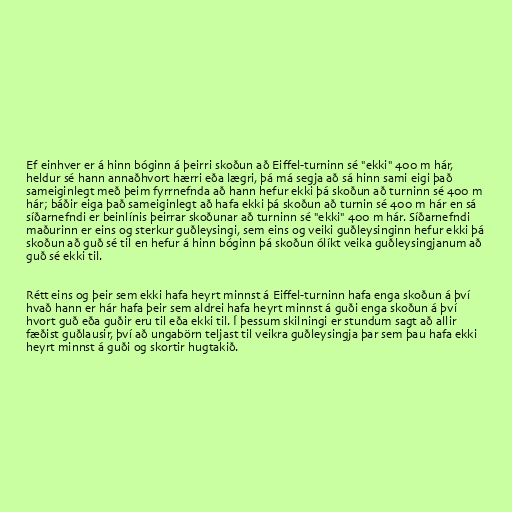
Ef einhver er á hinn bóginn á þeirri skoðun að Eiffel-turninn sé "ekki" 400 m hár,
heldur sé hann annaðhvort hærri eða lægri, þá má segja að sá hinn sami eigi það
sameiginlegt með þeim fyrrnefnda að hann hefur ekki þá skoðun að turninn sé 400 m
hár; báðir eiga það sameiginlegt að hafa ekki þá skoðun að turnin sé 400 m hár en sá
síðarnefndi er beinlínis þeirrar skoðunar að turninn sé "ekki" 400 m hár. Síðarnefndi
maðurinn er eins og sterkur guðleysingi, sem eins og veiki guðleysinginn hefur ekki þá
skoðun að guð sé til en hefur á hinn bóginn þá skoðun ólíkt veika guðleysingjanum að
guð sé ekki til.

Rétt eins og þeir sem ekki hafa heyrt minnst á Eiffel-turninn hafa enga skoðun á því
hvað hann er hár hafa þeir sem aldrei hafa heyrt minnst á guði enga skoðun á því
hvort guð eða guðir eru til eða ekki til. Í þessum skilningi er stundum sagt að allir
fæðist guðlausir, því að ungabörn teljast til veikra guðleysingja þar sem þau hafa ekki
heyrt minnst á guði og skortir hugtakið.